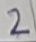
Text: 2